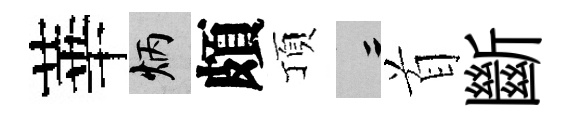
華炳頗頂律首斷